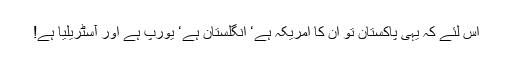
اس لئے کہ یہی پاکستان تو ان کا امریکہ ہے‘ انگلستان ہے‘ یورپ ہے اور آسٹریلیا ہے!